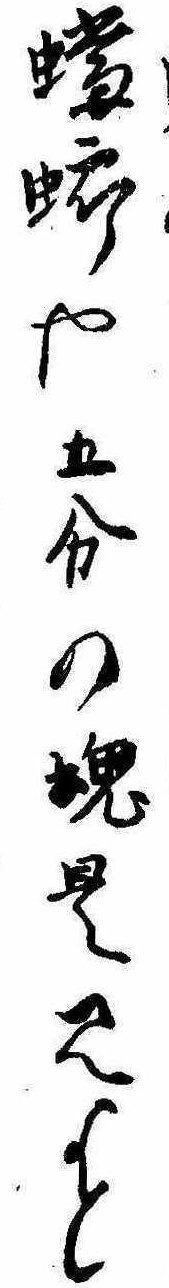
蟷螂や五分の魂是見よと